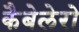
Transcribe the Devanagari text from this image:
कैबेलेरो